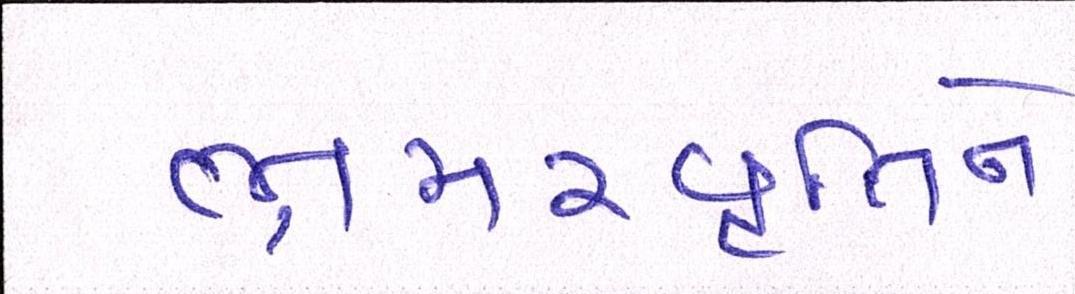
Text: ભ્રમરવૃતિને